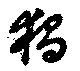
独